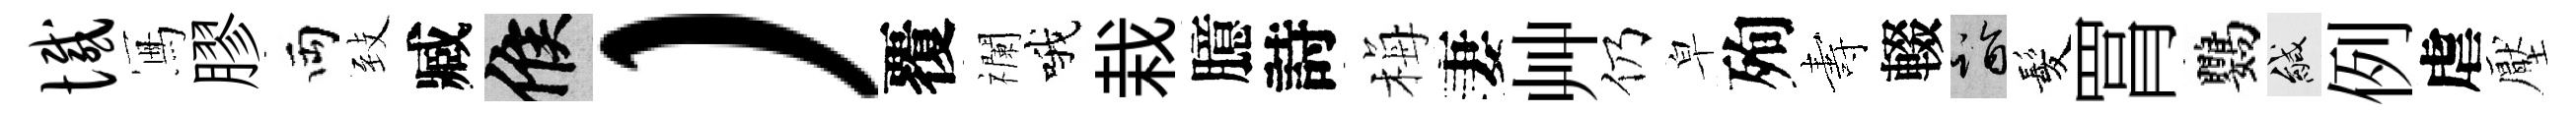
憾冩膠両𦤺臧候）覆襴哦栽臆詩梅妻艸仍皁殉夀輟诣髪罥鸚緘例虐壓